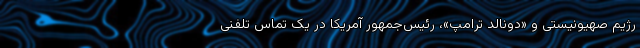
رژیم صهیونیستی و «دونالد ترامپ»، رئیس‌جمهور آمریکا در یک تماس تلفنی